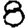
Digit: 8